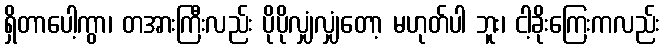
ရှိတာပေါ့ကွာ၊ တအားကြီးလည်း ပိုပိုလျှံလျှံတော့ မဟုတ်ပါ ဘူး၊ ငါ့ခိုးကြေးကလည်း